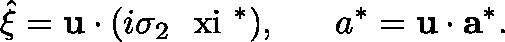
\hat { \xi } = { \bf u } \cdot ( i \sigma _ { 2 } \mathrm { \boldmath ~ \ x i ~ } ^ { * } ) , ~ ~ ~ ~ ~ a ^ { * } = { \bf u } \cdot { \bf a } ^ { * } .